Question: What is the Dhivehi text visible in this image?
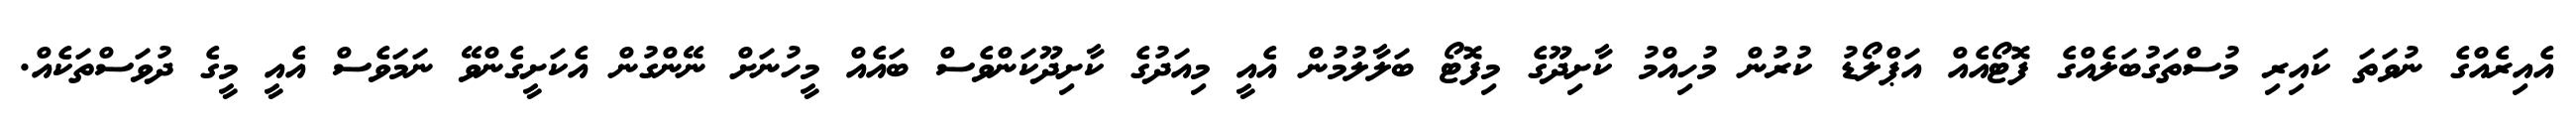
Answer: އެއިރެއްގެ ނުވަތަ ކައިރި މުސްތަގުބަލެއްގެ ފޮޓޯއެއް އަޕްލޯޑު ކުރުން މުހިއްމު ކާށިދޫގެ މިފޮޓޯ ބަލާލުމުން އެއީ މިއަދުގެ ކާށިދޫކަންވެސް ބައެއް މީހުނަށް ނޭންގުން އެކަށީގެންވޭ ނަމަވެސް އެއީ މީގެ ދުވަސްތަކެއް.